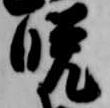
晩